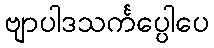
ဗျာပါဒသင်္ကပ္ပေါပေ